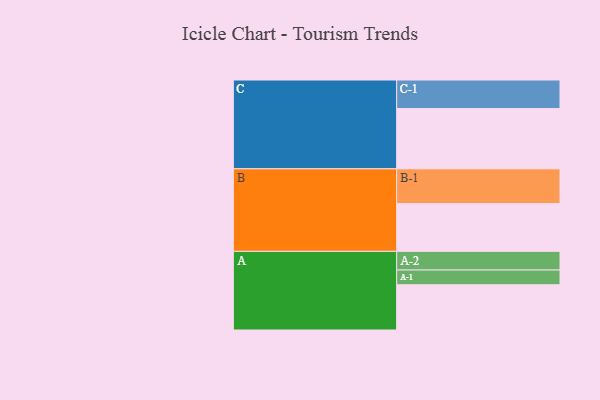
{"axis": {"x": "Segment", "y": "Value"}, "legend": ["", "A", "B", "C"], "data": [{"x": "A", "y": 369, "type": ""}, {"x": "B", "y": 390, "type": ""}, {"x": "C", "y": 491, "type": ""}, {"x": "A-1", "y": 120, "type": "A"}, {"x": "A-2", "y": 152, "type": "A"}, {"x": "B-1", "y": 283, "type": "B"}, {"x": "C-1", "y": 233, "type": "C"}]}